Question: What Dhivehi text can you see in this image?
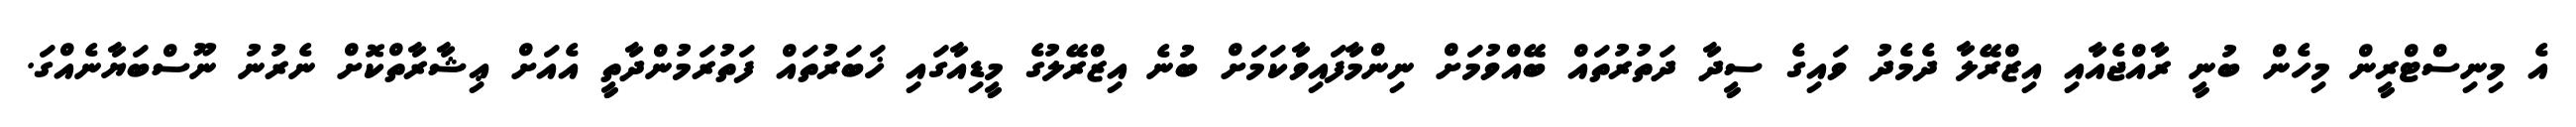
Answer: އެ މިނިސްޓްރީން މިހެން ބުނީ ރާއްޖެއާއި އިޒްރޭލާ ދެމެދު ވައިގެ ސީދާ ދަތުރުތައް ބޭއްވުމަށް ނިންމާފައިވާކަމަށް ބުނެ އިޒްރޭލުގެ މީޑިއާގައި ޚަބަރުތައް ފަތުރަމުންދާތީ އެއަށް ޢިޝާރާތްކޮށް ނެރުނު ނޫސްބަޔާނެއްގަ.